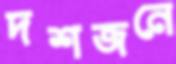
দশজনে